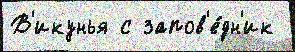
В'икунья с запов'е́дн'ик